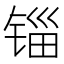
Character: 锱